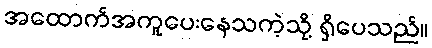
အထောက်အကူပေးနေသကဲ့သို့ ရှိပေသည်။